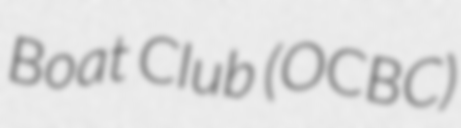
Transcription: Boat Club (OCBC)